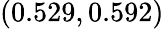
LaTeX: (0.529,0.592)